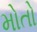
મોતો